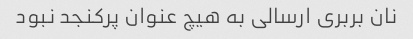
نان بربری ارسالی به هیچ عنوان پرکنجد نبود